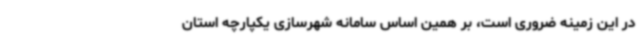
در این زمینه ضروری است، بر همین اساس سامانه شهرسازی یکپارچه استان